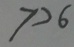
7 > 6